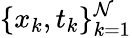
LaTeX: \{ x_{k},t_{k}\} _{k=1}^{\mathcal{N}}